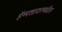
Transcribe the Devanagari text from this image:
हॅम्पशायरमधील